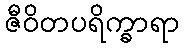
ဇီဝိတပရိက္ခာရာ